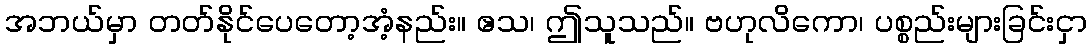
အဘယ်မှာ တတ်နိုင်ပေတော့အံ့နည်း။ ဧသ၊ ဤသူသည်။ ဗဟုလိကော၊ ပစ္စည်းများခြင်းငှာ